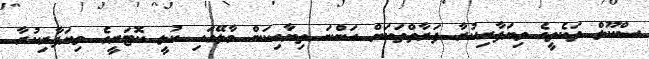
ސްކޫލް ތަކެތީގެ ވިޔަފާރިކުރާ ފަރާތްތަކަށް އަންނަ ތިޔާގިކަން މާލޭގައި ކުލީ ކޮޓަރީގެ ވިޔަފާރިކުރާ